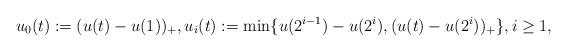
LaTeX: \begin{align*}u_0(t):=(u(t)-u(1))_+,u_i(t):=\min\{u(2^{i-1})-u(2^i), (u(t)-u(2^{i}))_+\},i\geq 1,\end{align*}